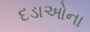
દડાઓના